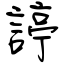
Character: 諪